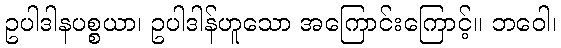
ဥပါဒါနပစ္စယာ၊ ဥပါဒါန်ဟူသော အကြောင်းကြောင့်။ ဘဝေါ၊